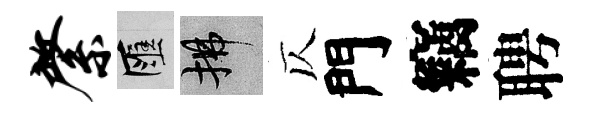
綮匯拂仄門竊聘